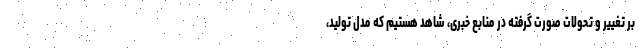
بر تغییر و تحولات صورت گرفته در منابع خبری، شاهد هستیم که مدل تولید،